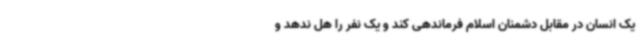
یک انسان در مقابل دشمنان اسلام فرماندهی کند و یک نفر را هل ندهد و